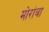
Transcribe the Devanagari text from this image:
मोरांबा